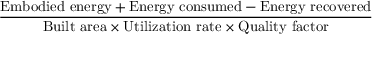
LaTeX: \frac { { \mathrm { E m b o d i e d ~ e n e r g y } } + { \mathrm { E n e r g y ~ c o n s u m e d } } - { \mathrm { E n e r g y ~ r e c o v e r e d } } } { { \mathrm { B u i l t ~ a r e a } } \times { \mathrm { U t i l i z a t i o n ~ r a t e } } \times { \mathrm { Q u a l i t y ~ f a c t o r } } }